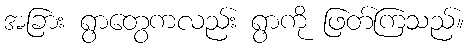
အခြား ရွာတွေကလည်း ရွာကို ဖြတ်ကြသည်။